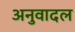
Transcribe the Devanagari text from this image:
अनुवादल